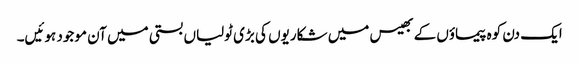
ایک دن کوہ پیماؤں کے بھیس میں شکاریوں کی بڑی ٹولیاں بستی میں آن موجود ہوئیں۔